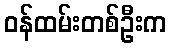
ဝန်ထမ်းတစ်ဦးက